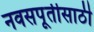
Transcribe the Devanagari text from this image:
नवसपूर्तीसाठी